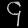
Digit: ၄